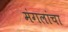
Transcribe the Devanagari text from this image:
मंगलांचा